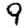
Digit: 9